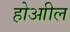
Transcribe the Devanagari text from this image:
होआील